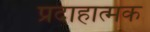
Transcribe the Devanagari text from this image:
प्रदाहात्मक